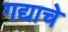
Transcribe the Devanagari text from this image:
गद्याचे